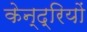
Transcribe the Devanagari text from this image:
केन्द्रियों